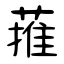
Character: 蓷